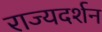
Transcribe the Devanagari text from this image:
राज्यदर्शन